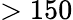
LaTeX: >150